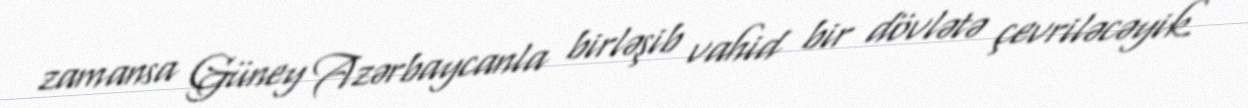
zamansa Güney Azərbaycanla birləşib vahid bir dövlətə çevriləcəyik.